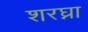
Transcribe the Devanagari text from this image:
शरघ्ना